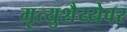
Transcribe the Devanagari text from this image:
मृत्युशैय्येवर